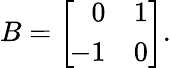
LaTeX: B=\left[{\begin{array}{rr}{0}&{1}\\ {\! -1}&{0}\end{array}}\right].